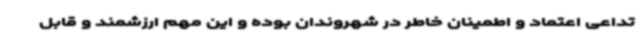
تداعی اعتماد و اطمینان خاطر در شهروندان بوده و این مهم ارزشمند و قابل